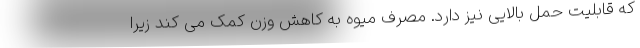
که قابلیت حمل بالایی نیز دارد. مصرف میوه به کاهش وزن کمک می کند زیرا